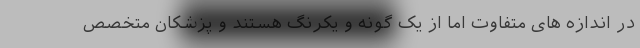
در اندازه های متفاوت اما از یک گونه و یکرنگ هستند و پزشکان متخصص